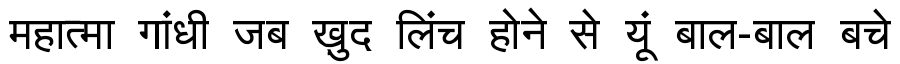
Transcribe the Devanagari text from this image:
महात्मा गांधी जब ख़ुद लिंच होने से यूं बाल-बाल बचे